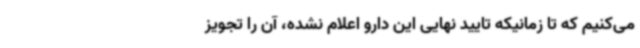
می‌کنیم که تا زمانیکه تایید نهایی این دارو اعلام نشده، آن را تجویز